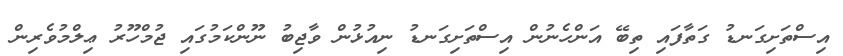
އިސްތަށިގަނޑު ގަތާފައި ތިބޭ އަންހެނުން އިސްތަށިގަނޑު ނިއުޅުން ވާޖިބު ނޫންކަމުގައި ޖުމްހޫރު ޢިލްމުވެރިން